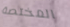
المختصة